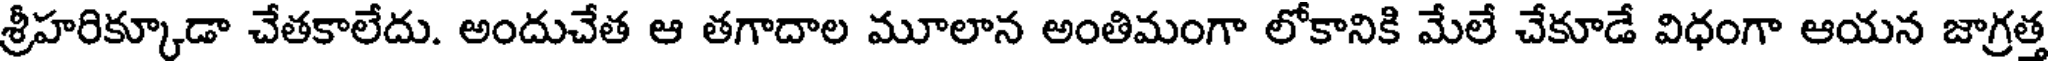
శ్రీహరిక్కూడా చేతకాలేదు. అందుచేత ఆ తగాదాల మూలాన అంతిమంగా లోకానికి మేలే చేకూడే విధంగా ఆయన జాగ్రత్త